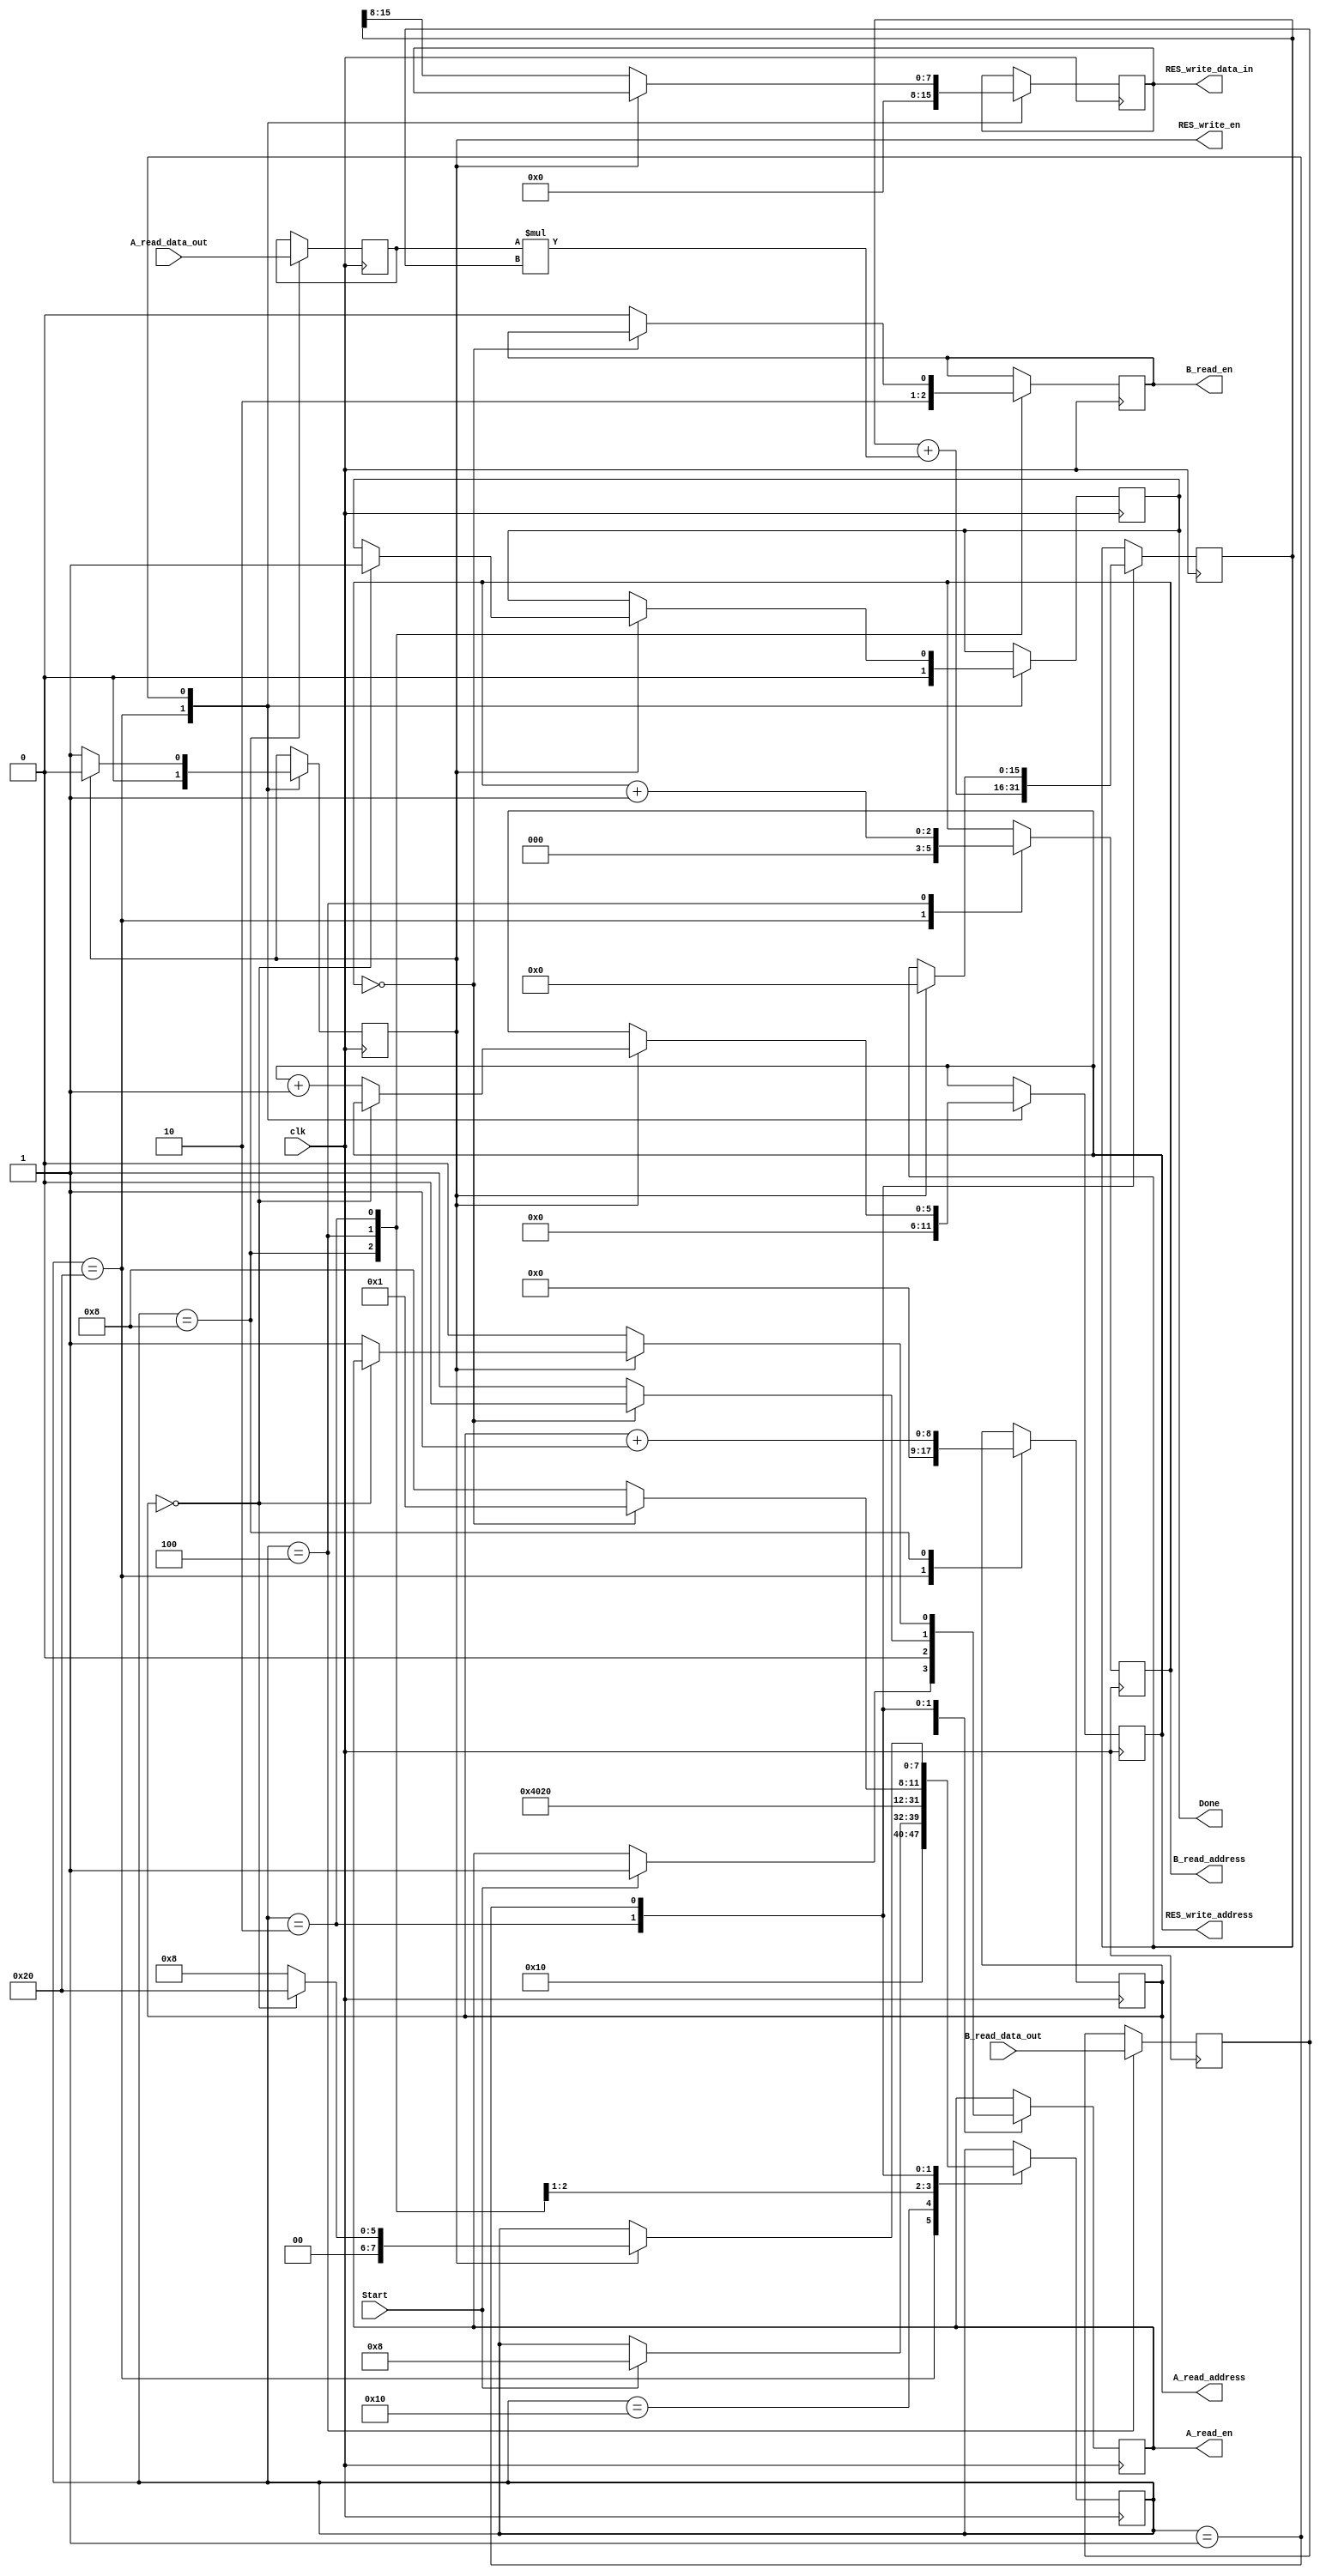
`timescale 1ns / 1ps

/* 
----------------------------------------------------------------------------------
--	(c) Rajesh C Panicker, NUS
--  Description : Template for the Matrix Multiply unit for the AXI Stream Coprocessor
--	License terms :
--	You are free to use this code as long as you
--		(i) DO NOT post a modified version of this on any public repository;
--		(ii) use it only for educational purposes;
--		(iii) accept the responsibility to ensure that your implementation does not violate any intellectual property of any entity.
--		(iv) accept that the program is provided "as is" without warranty of any kind or assurance regarding its suitability for any particular purpose;
--		(v) send an email to rajesh.panicker@ieee.org briefly mentioning its use (except when used for the course EE4218 at the National University of Singapore);
--		(vi) retain this notice in this file or any files derived from this.
----------------------------------------------------------------------------------
*/

// those outputs which are assigned in an always block of matrix_multiply shoud be changes to reg (such as output reg Done).

module matrix_multiply_2
	#(	parameter width = 8, 			// width is the number of bits per location
		parameter A_depth_bits = 9, 	// depth is the number of locations (2^number of address bits)
		parameter B_depth_bits = 3, 
		parameter RES_depth_bits = 6
	) 
	(
		input clk,										
		input Start,									// myip_v1_0 -> matrix_multiply_0.
		output reg Done = 0,									// matrix_multiply_0 -> myip_v1_0. Possibly reg.
		
		output reg A_read_en = 0,  								// matrix_multiply_0 -> A_RAM. Possibly reg.
		output reg [A_depth_bits-1:0] A_read_address, 		// matrix_multiply_0 -> A_RAM. Possibly reg.
		input [width-1:0] A_read_data_out,				// A_RAM -> matrix_multiply_0.
		
		output reg B_read_en = 0, 								// matrix_multiply_0 -> B_RAM. Possibly reg.
		output reg [B_depth_bits-1:0] B_read_address, 		// matrix_multiply_0 -> B_RAM. Possibly reg.
		input [width-1:0] B_read_data_out,				// B_RAM -> matrix_multiply_0.
		
		output reg RES_write_en, 							// matrix_multiply_0 -> RES_RAM. Possibly reg.
		output reg [RES_depth_bits-1:0] RES_write_address, 	// matrix_multiply_0 -> RES_RAM. Possibly reg.
		output reg [width-1:0] RES_write_data_in 			// matrix_multiply_0 -> RES_RAM. Possibly reg.
	);
	
	// implement the logic to read A_RAM, read B_RAM, do the multiplication and write the results to RES_RAM
	// Note: A_RAM and B_RAM are to be read synchronously. Read the wiki for more details.
localparam RESET = 6'b100000;
localparam IDLE = 6'b010000;
localparam READ_A = 6'b001000;
localparam READ_B = 6'b000100;
localparam MULTIPLY = 6'b000010;
localparam WRITE_RESULT = 6'b000001;

reg [15:0] total = 0;
reg [7:0] state = RESET;
reg [7:0] A, B;

always@(negedge clk)
begin
	case (state)
		
		RESET:
			begin
			A_read_address <= 0;
			B_read_address <= 0;
			RES_write_en <= 0;
			RES_write_address <= 0;
			RES_write_data_in <= 0;
			Done <= 0;
			state <= IDLE;
			end
		IDLE:
			begin
			if(Start)
				begin
				A_read_en <= 1;
				state <= READ_A;
				end
			end
		READ_A:
			begin
			A_read_en <= 0;
			A = A_read_data_out;
			A_read_address <= A_read_address + 1;
			B_read_en <= 1;
			state <= READ_B;
			end
		READ_B:
			begin
			B_read_en <= 0;
			B = B_read_data_out;
			B_read_address <= B_read_address + 1;
			state <= MULTIPLY;
			end
		MULTIPLY:
			begin
			if(B_read_address == 0)
				begin
				state <= WRITE_RESULT;
				total = total + (A*B);
				A_read_en <= 0;
				end
			else
				begin
				total = total + (A*B);
				A_read_en <= 1;
				B_read_en <= 0;
				state <= READ_A;
				end
			end
		WRITE_RESULT:
			begin
				if(~RES_write_en)
					begin
					RES_write_en <= 1;
					RES_write_data_in = total>>8;
					A_read_en <= 0;
					end
				else
					begin
					if(A_read_address == 0)
						begin
						Done <= 1;
						total <= 0;
						RES_write_en <= 0;
						state <= RESET;
						end
					else
						begin
						RES_write_address <= RES_write_address + 1;
						total <= 0;
						A_read_en <= 1;
						RES_write_en <= 0;
						state <= READ_A;
						end
					end
			end
	endcase
end
endmodule